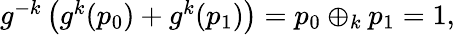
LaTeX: \begin{array}{r}{g^{-k}\left(g^{k}(p_{0})+g^{k}(p_{1})\right)=p_{0}\oplus_{k}p_{1}=1,}\end{array}